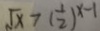
\sqrt { x } > ( \frac { 1 } { 2 } ) ^ { x - 1 }